Vaccination in the Punjab 1883-1896 - 1883-1896
Year: 1883
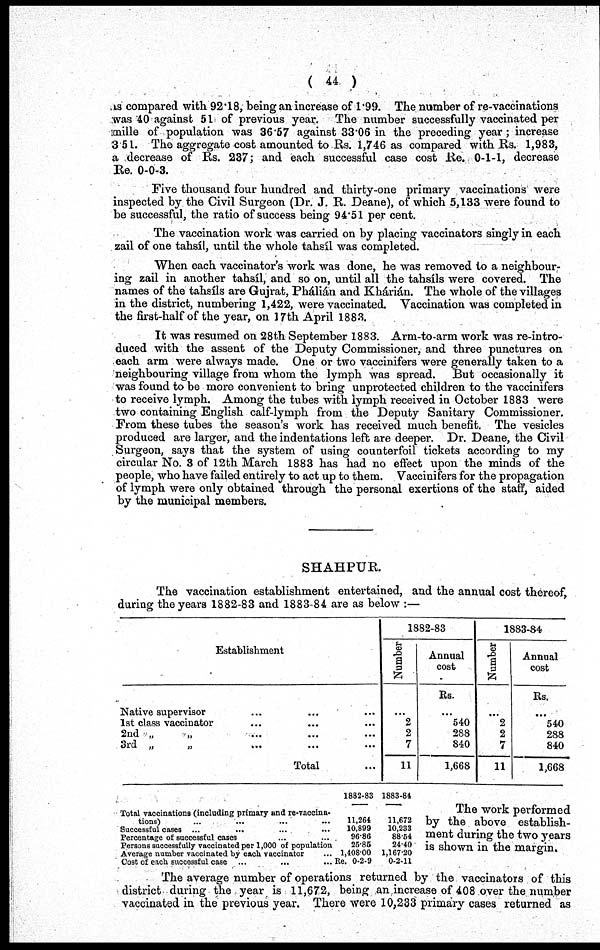
( 44 )
as compared with 92.18, being an increase of 1.99. The number of re-vaccinations
was 40 against 51 of previous year. The number successfully vaccinated per
mille of population was 36.57 against 33.06 in the preceding year ; increase
3.51. The aggregate cost amounted to Rs. 1,746 as compared with Rs. 1,983,
a decrease of Rs. 237; and each successful case cost Re. 0-1-1, decrease
Re. 0-0-3.
Five thousand four hundred and thirty-one primary vaccinations were
inspected by the Civil Surgeon (Dr. J. R. Deane), of which 5,133 were found to
be successful, the ratio of success being 94.51 per cent.
The vaccination work was carried on by placing vaccinators singly in each
zail of one tahsíl, until the whole tahsíl was completed.
When each vaccinator's work was done, he was removed to a neighbour-
ing zail in another tahsíl, and so on, until all the tahsíls were covered. The
names of the tahsíls are Gujrat, Phálián and Khárián. The whole of the villages
in the district, numbering 1,422, were vaccinated. Vaccination was completed in
the first-half of the year, on 17th April 1883.
It was resumed on 28th September 1883. Arm-to-arm work was re-intro-
duced with the assent of the Deputy Commissioner, and three punctures on
each arm were always made. One or two vaccinifers were generally taken to a
neighbouring village from whom the lymph was spread. But occasionally it
was found to be more convenient to bring unprotected children to the vaccinifers
to receive lymph. Among the tubes with lymph received in October 1883 were
two containing English calf-lymph from the Deputy Sanitary Commissioner.
From these tubes the season's work has received much benefit. The vesicles
produced are larger, and the indentations left are deeper. Dr. Deane, the Civil
Surgeon, says that the system of using counterfoil tickets according to my
circular No. 3 of 12th March 1883 has had no effect upon the minds of the
people, who have failed entirely to act up to them. Vaccinifers for the propagation
of lymph were only obtained through the personal exertions of the staff, aided
by the municipal members.
SHAHPUR.
The vaccination establishment entertained, and the annual cost thereof,
during the years 1882-83 and 1883-84 are as below :—
Establishment
Native supervisor ... ... ...
1st class vaccinator ... ... ...
2nd „ „ ... ... ...
3rd „ „ ... ... ...
Total ...
1882-83
Number
...
2
2
7
11
Annual
cost
Rs.
...
540
288
840
1,668
1883-84
Number
...
2
2
7
11
Annual
cost
Rs.
...
540
288
840
1,668
Total vaccinations (including primary and re-vaccina¬
tions)
...
...
...
...
Successful cases ... ... ... ...
Percentage of successful cases ... ... ...
Persons successfully vaccinated per 1,000 of population
Average number vaccinated by each vaccinator ...
Cost of each successful case ... ... ... ...
1882-83
11,264
10,899
96.86
25.85
1,408.00
Rs. 0-2-9
1883-84
11,672
10,233
88.64
24.40
1,167.20
0-2-11
The work performed
by the above establish-
ment during the two years
is shown in the margin.
The average number of operations returned by the vaccinators of this
district during the year is 11,672, being an increase of 408 over the number
vaccinated in the previous year. There were 10,233 primary cases returned as